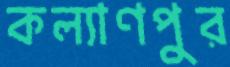
কল্যাণপুর